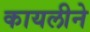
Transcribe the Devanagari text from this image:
कायलीने